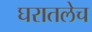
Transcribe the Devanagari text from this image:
घरातलेच